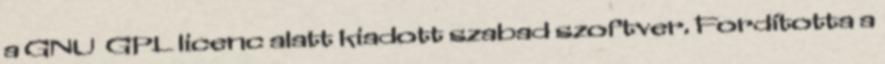
a GNU GPL licenc alatt kiadott szabad szoftver. Fordította a